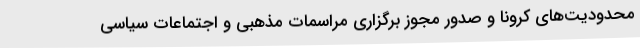
محدودیت‌های کرونا و صدور مجوز برگزاری مراسمات مذهبی و اجتماعات سیاسی